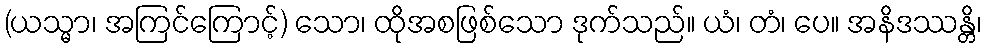
(ယသ္မာ၊ အကြင်ကြောင့်) သော၊ ထိုအစဖြစ်သော ဒုက်သည်။ ယံ၊ တံ၊ ပေ။ အနိဒဿန္တိ၊